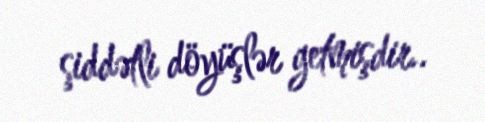
şiddətli döyüşlər getmişdir..